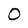
Character: O